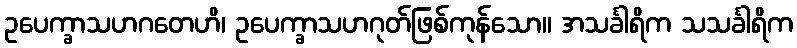
ဥပေက္ခာသဟဂတေဟိ၊ ဥပေက္ခာသဟဂုတ်ဖြစ်ကုန်သော။ အသင်္ခါရိက သသင်္ခါရိက